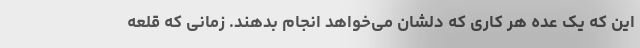
این که یک عده هر کاری که دلشان می‌خواهد انجام بدهند. زمانی که قلعه